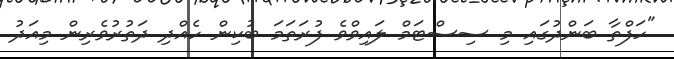
"ހަފްތާ ބަންދުގައި މި ސިސްޓަމް ލައިވްވެ ފުރަތަމަ ބުކިން ހެއްދި ދަތުރުވެރިން މިއަދު